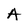
Character: A